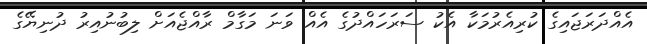
އެއްދަރަޖައިގެ ކުރިއެރުމަކާ އެކު ސަރަހައްދުގެ އެއް ވަނަ މަގާމް ރާއްޖެއަށް ލިބުނުއިރު ދުނިޔޭގެ